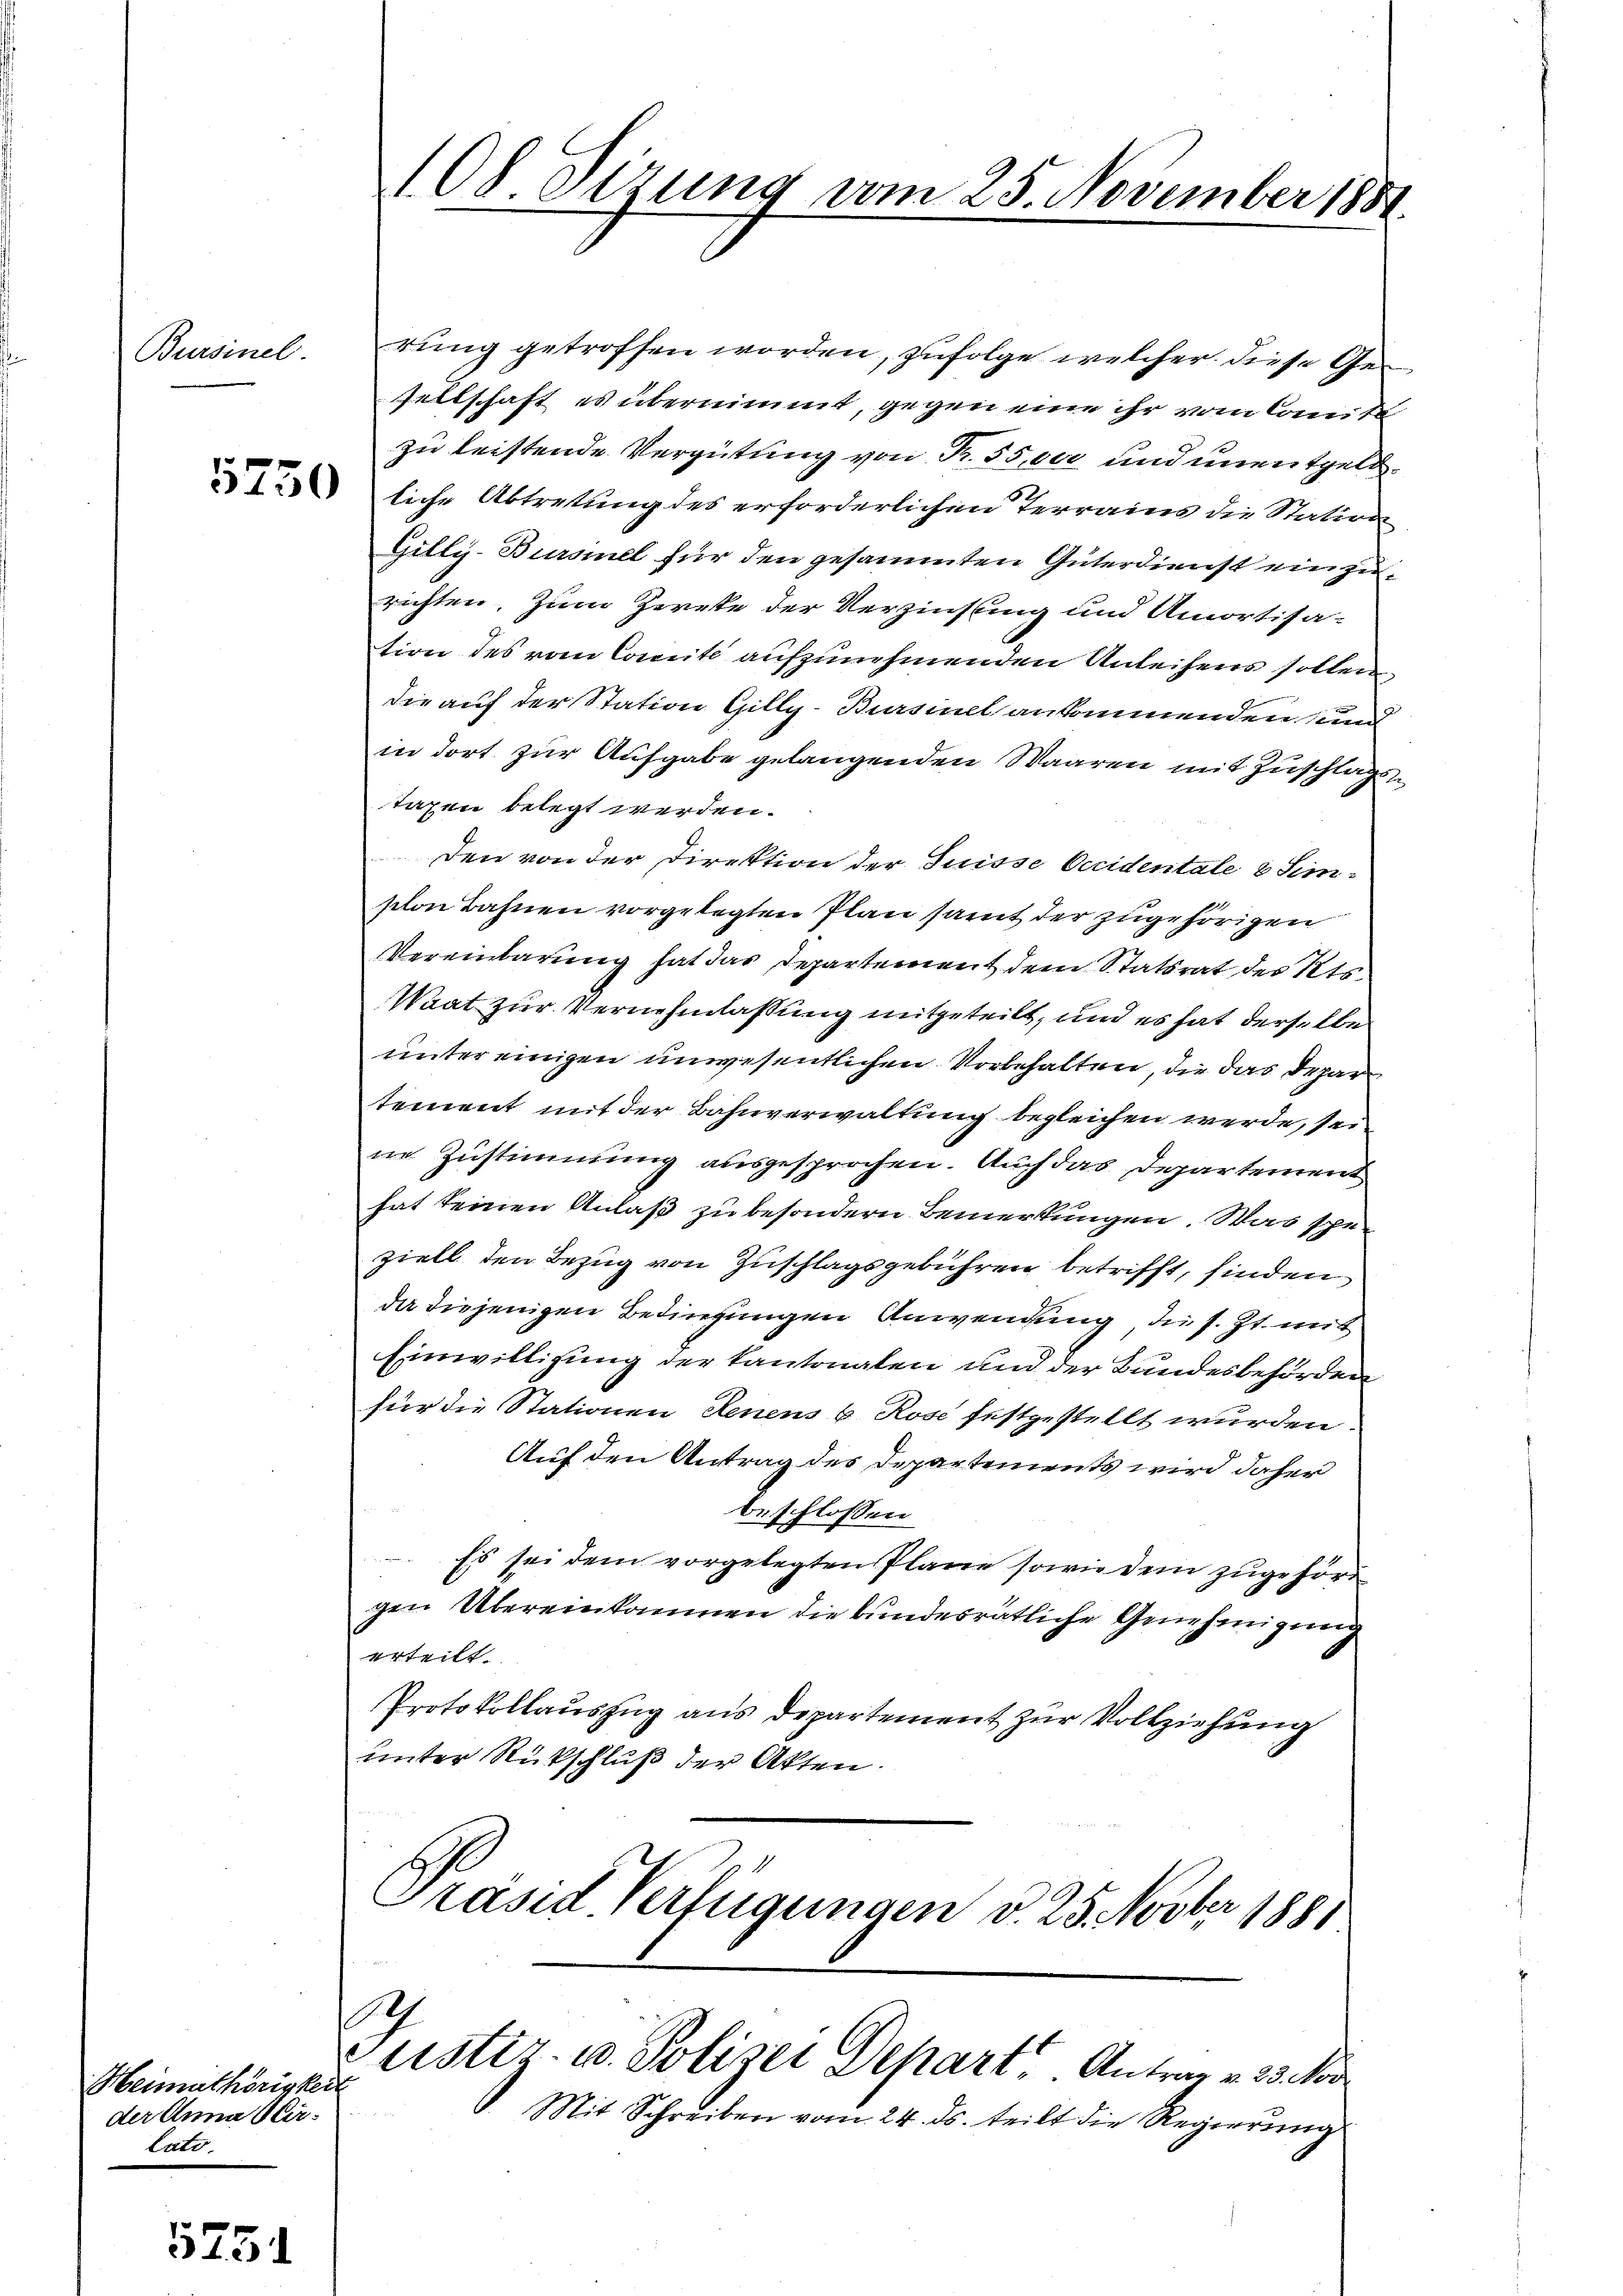
Bursinel.

75

Heimathörigkeit
der Anna Sterlate.

(Ob Sizung vom 25. November 1881.

rung getroffen worden, zufolge, welcher diese Gesellschaft es übernimmt, gegen eine ihr vom Committ
zu leistende Vergütung von Fr. 55,000 und unentgeld¬
 liche Abtretung des erforderlichen Terrains die Station
Gilly-Bursiel für den gesammten Güterdienst einzurichten. Zum Zweke der Verzinstung und Amortisa-
tion des vom Comité aufzunehmenden Anleihens sollen,
die auf der Station Gilly-Bursinel ankommenden und
in dort zur Aufgabe gelangenden Waaren mit Zuschlagstaxen belegt werden.
Den von der Direktion der Suisse Occidentale 8 Simston Bahnen vorgelegten Plan samt der zugehörigen
Vereinbarung hat das Departement dem Statsrat des Kts.
Waat zur Vernehmlassung mitgeteilt, und es hat derselbe
unter einigen unwesentlichen Vorbehalten, die das Depar
tement mit der Bahnverwaltung begleichen werde, sei
ne Zustimmung ausgesprochen. Auch das Departement
hat keinen Anlaß zu besondern Bemerkungen. Was speziell den Bezug von Zuschlagsgebühren betrifft, finden
da diejenigen Bedingungen Anwendung die s. Zt. mit
Einwilligung der kantonalen und der Bundesbehörden
für die Stationen denens 6 Rose festgestellt wurden
Auf den Antrag des Departements wird daher
beschlossen
Es sei dem vorgelegten Plane sowie dem zugehört
gen Übereinkommen die bundesrätliche Genehmigung
erteilt.
Protokollauszug aus departement zur Vollziehung
unter Rückschluß der Akten.
l
Präsid. Verfügungen v. 25. Novbr 1881

h
eister- u. Polizei Depart. Antrag v. 23. Nor
Mit Schreiben vom 24. ds. teilt die Regierung